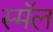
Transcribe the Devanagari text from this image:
स्मॅल